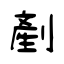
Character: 剷